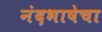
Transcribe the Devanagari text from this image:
नंदभाषेचा